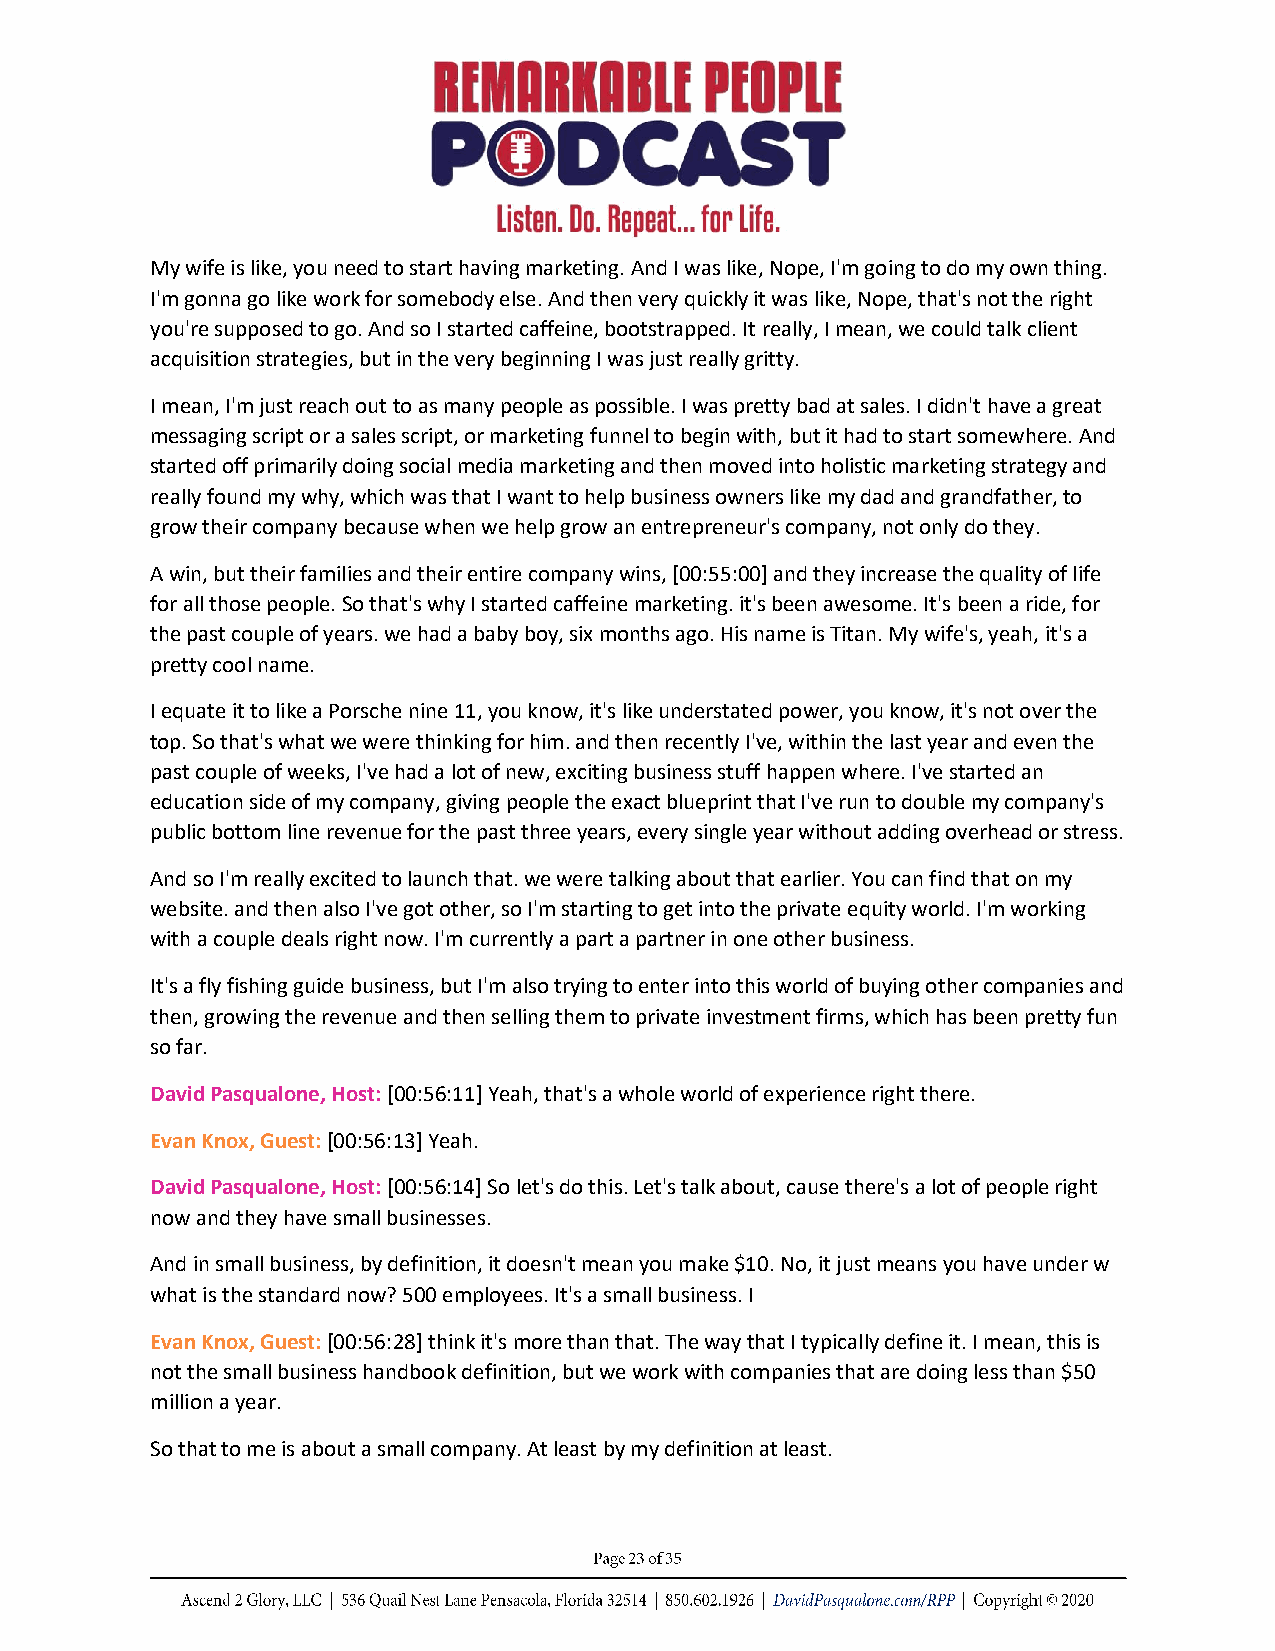
My wife is like, you need to start having marketing. And I was like, Nope, I'm going to do my own thing.
 I'm gonna go like work for somebody else. And then very quickly it was like, Nope, that's not the right
 you're supposed to go. And so I started caffeine, bootstrapped. It really, I mean, we could talk client
 acquisition strategies, but in the very beginning I was just really gritty.
 I mean, I'm just reach out to as many people as possible. I was pretty bad at sales. I didn't have a great
 messaging script or a sales script, or marketing funnel to begin with, but it had to start somewhere. And
 started off primarily doing social media marketing and then moved into holistic marketing strategy and
 really found my why, which was that I want to help business owners like my dad and grandfather, to
 grow their company because when we help grow an entrepreneur's company, not only do they.
 A win, but their families and their entire company wins, [00:55:00] and they increase the quality of life
 for all those people. So that's why I started caffeine marketing. it's been awesome. It's been a ride, for
 the past couple of years. we had a baby boy, six months ago. His name is Titan. My wife's, yeah, it's a
 pretty cool name.
 I equate it to like a Porsche nine 11, you know, it's like understated power, you know, it's not over the
 top. So that's what we were thinking for him. and then recently I've, within the last year and even the
 past couple of weeks, I've had a lot of new, exciting business stuff happen where. I've started an
 education side of my company, giving people the exact blueprint that I've run to double my company's
 public bottom line revenue for the past three years, every single year without adding overhead or stress.
 And so I'm really excited to launch that. we were talking about that earlier. You can find that on my
 website. and then also I've got other, so I'm starting to get into the private equity world. I'm working
 with a couple deals right now. I'm currently a part a partner in one other business.
 It's a fly fishing guide business, but I'm also trying to enter into this world of buying other companies and
 then, growing the revenue and then selling them to private investment firms, which has been pretty fun
 so far.
 David Pasqualone, Host: [00:56:11] Yeah, that's a whole world of experience right there.
 Evan Knox, Guest: [00:56:13] Yeah.
 David Pasqualone, Host: [00:56:14] So let's do this. Let's talk about, cause there's a lot of people right
 now and they have small businesses.
 And in small business, by definition, it doesn't mean you make $10. No, it just means you have under w
 what is the standard now? 500 employees. It's a small business. I
 Evan Knox, Guest: [00:56:28] think it's more than that. The way that I typically define it. I mean, this is
 not the small business handbook definition, but we work with companies that are doing less than $50
 million a year.
 So that to me is about a small company. At least by my definition at least.